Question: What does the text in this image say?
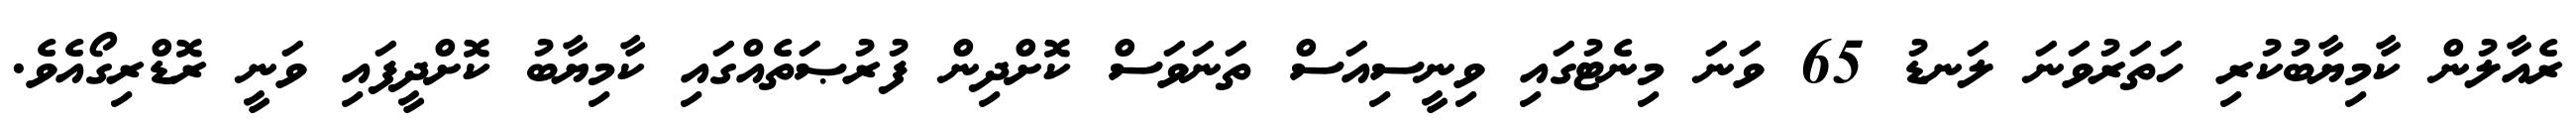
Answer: ރެއާލުން ކާމިޔާބުކުރި ހަތަރުވަނަ ލަނޑު 65 ވަނަ މިނެޓުގައި ވިނީސިއަސް ތަނަވަސް ކޮށްދިން ފުރުޞަތެއްގައި ކާމިޔާބު ކޮށްދީފައި ވަނީ ރޮޑްރިގޯއެވެ.